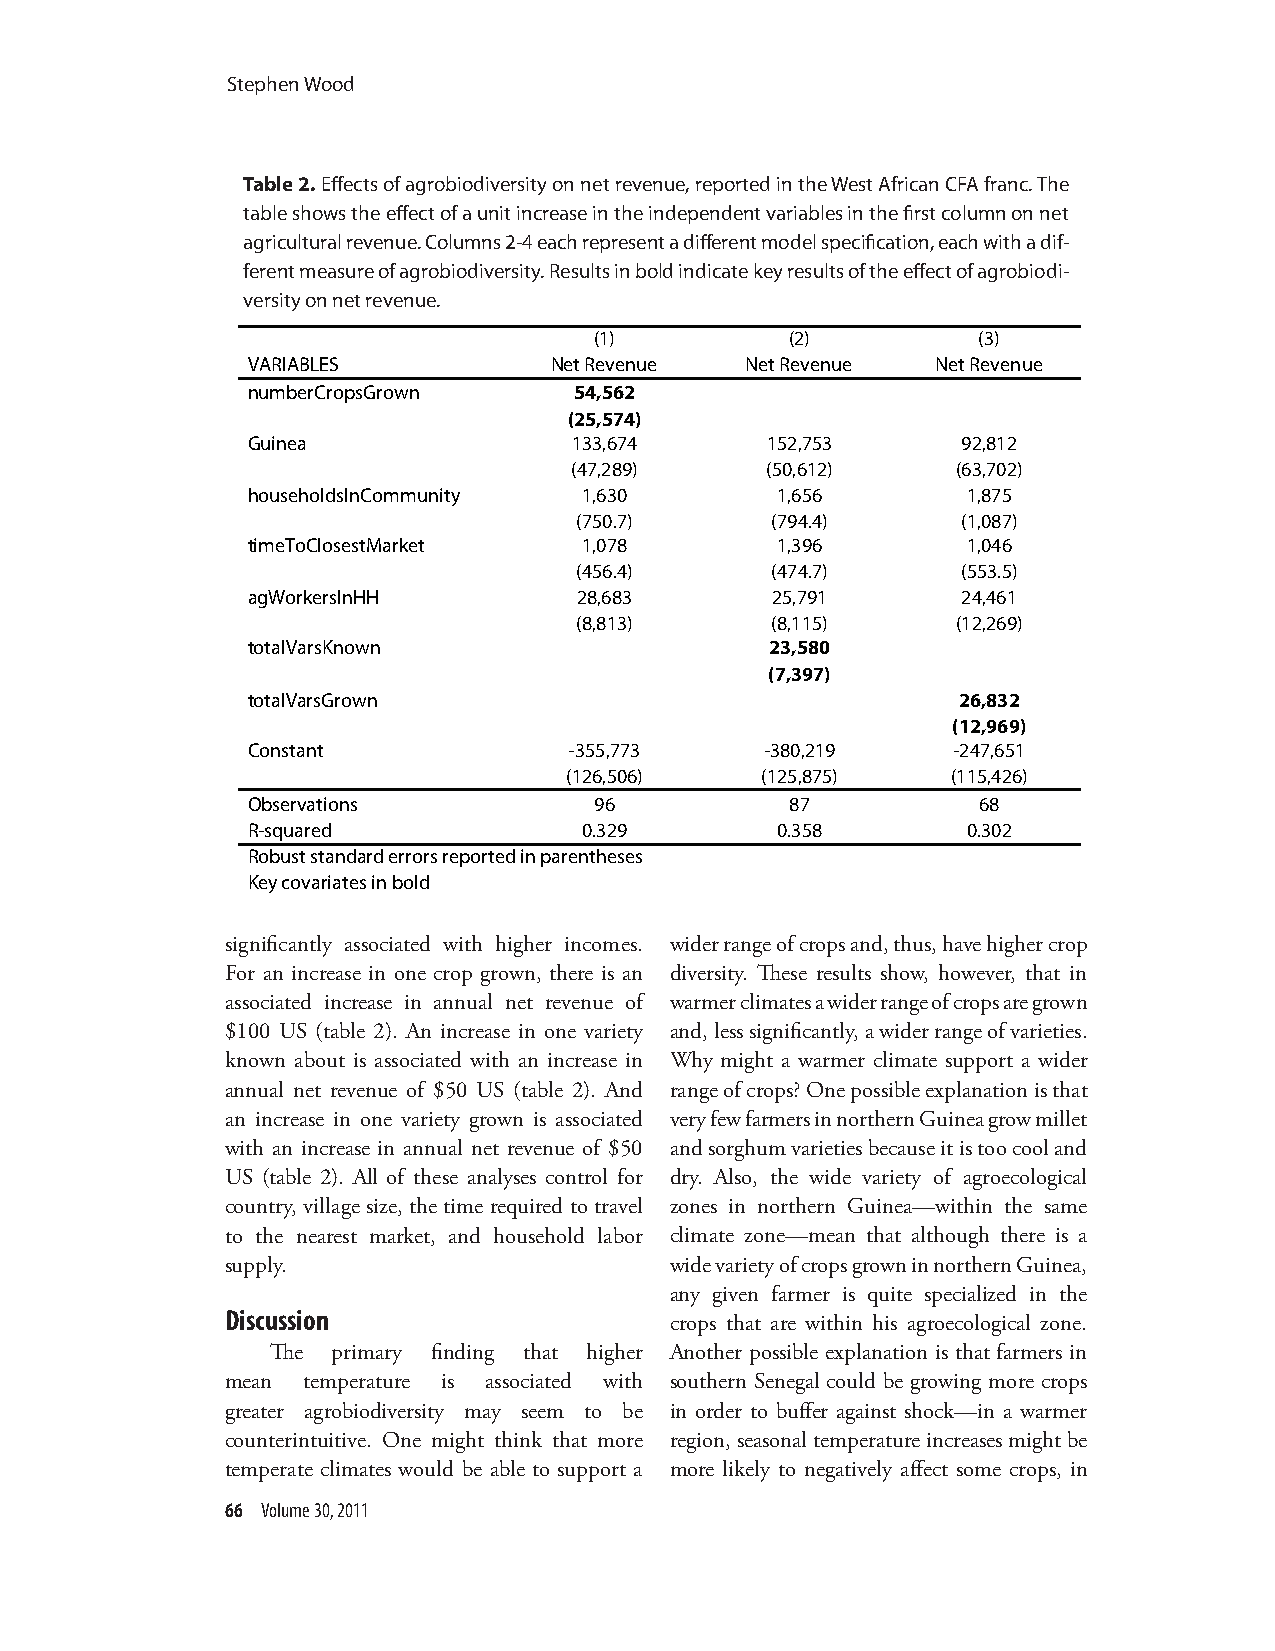
Stephen Wood
 Table 2. Effects of agrobiodiversity on net revenue, reported in the West African CFA franc. The
 table shows the effect of a unit increase in the independent variables in the first column on net
 agricultural revenue. Columns 2-4 each represent a different model specification, each with a dif-
 ferent measure of agrobiodiversity. Results in bold indicate key results of the effect of agrobiodi-
 versity on net revenue.
 (1)          (2)          (3)
 VARIABLES           Net Revenue  Net Revenue  Net Revenue
 numberCropsGrown      54,562
 (25,574)
 Guinea                133,674      152, 753     92,8 12
 (47,289)     (50,612)    (63,702)
 householdsInCommunity  1,630       1,656        1,875
 (750.7)      (794.4)      (1,087)
 timeToClosestMarket    1,078       1,396        1,046
 (456.4)      (474.7)      (553.5)
 a gWorkersInHH        28,683       25,791       24,461
 (8,813)      (8,115)     (12,269)
 totalVarsKnown                     23,580
 (7,397)
 totalVarsGrown                                 26,8 32
 (12,969)
 Constant              -355 ,773    -380 ,219   -247,651
 (126,506)    (125,875)    (115,426)
 O bservations          96           87           68
 R-squared              0.329       0.358        0.302
 Robust standard errors reported in parentheses
 Key covariates in bold
 significantly associated with higher incomes. wider range of crops and, thus, have higher crop
 For an increase in one crop grown, there is an diversity. These results show, however, that in
 associated increase in annual net revenue of warmer climates a wider range of crops are grown
 $100 US (table 2). An increase in one variety and, less significantly, a wider range of varieties.
 known about is associated with an increase in Why might a warmer climate support a wider
 annual net revenue of $50 US (table 2). And range of crops? One possible explanation is that
 an increase in one variety grown is associated very few farmers in northern Guinea grow millet
 with an increase in annual net revenue of $50 and sorghum varieties because it is too cool and
 US (table 2). All of these analyses control for dry. Also, the wide variety of agroecological
 country, village size, the time required to travel zones in northern Guinea—within the same
 to the nearest market, and household labor climate zone—mean that although there is a
 supply.                      wide variety of crops grown in northern Guinea,
 any given farmer is quite specialized in the
 Discussion
 crops that are within his agroecological zone.
 The primary finding that higher Another possible explanation is that farmers in
 mean temperature is associated with southern Senegal could be growing more crops
 greater agrobiodiversity may seem to be in order to buffer against shock—in a warmer
 counterintuitive. One might think that more region, seasonal temperature increases might be
 temperate climates would be able to support a more likely to negatively affect some crops, in
 66 Volume 30, 2011